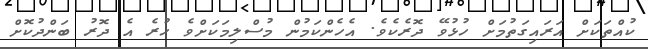
ކުއްތަކަށް އަރައިގަތުމަށް ހުޅުވޭ ދޮރެކެވެ. އެހެންކަމުން މުސްލިމަކަށްވެ ހުރެ އެ ދޮރު ބަންދުކޮށް